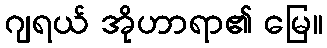
ဂျရယ် အိုဟာရာ၏ မြေ။